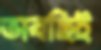
ভাবছিই